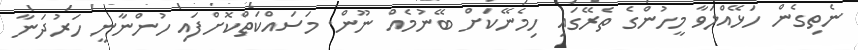
ނެތިގެން ހަޅޭއްލަވާ މީހުންގެ ތެރޭގައި ހިމެނޭކަށް ބޭނުމެއް ނޫން. މަސައްކަތްކޮށްފައި ހުންނާނީ ހަރުދަނާ